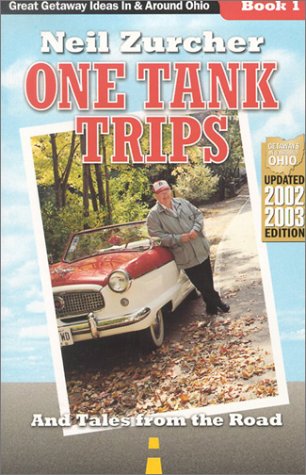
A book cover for One Tank Trips: Great Getaways in & Around Ohio, and Tales from the Road; Neil Zurcher; Travel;